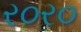
ર૦ર૦